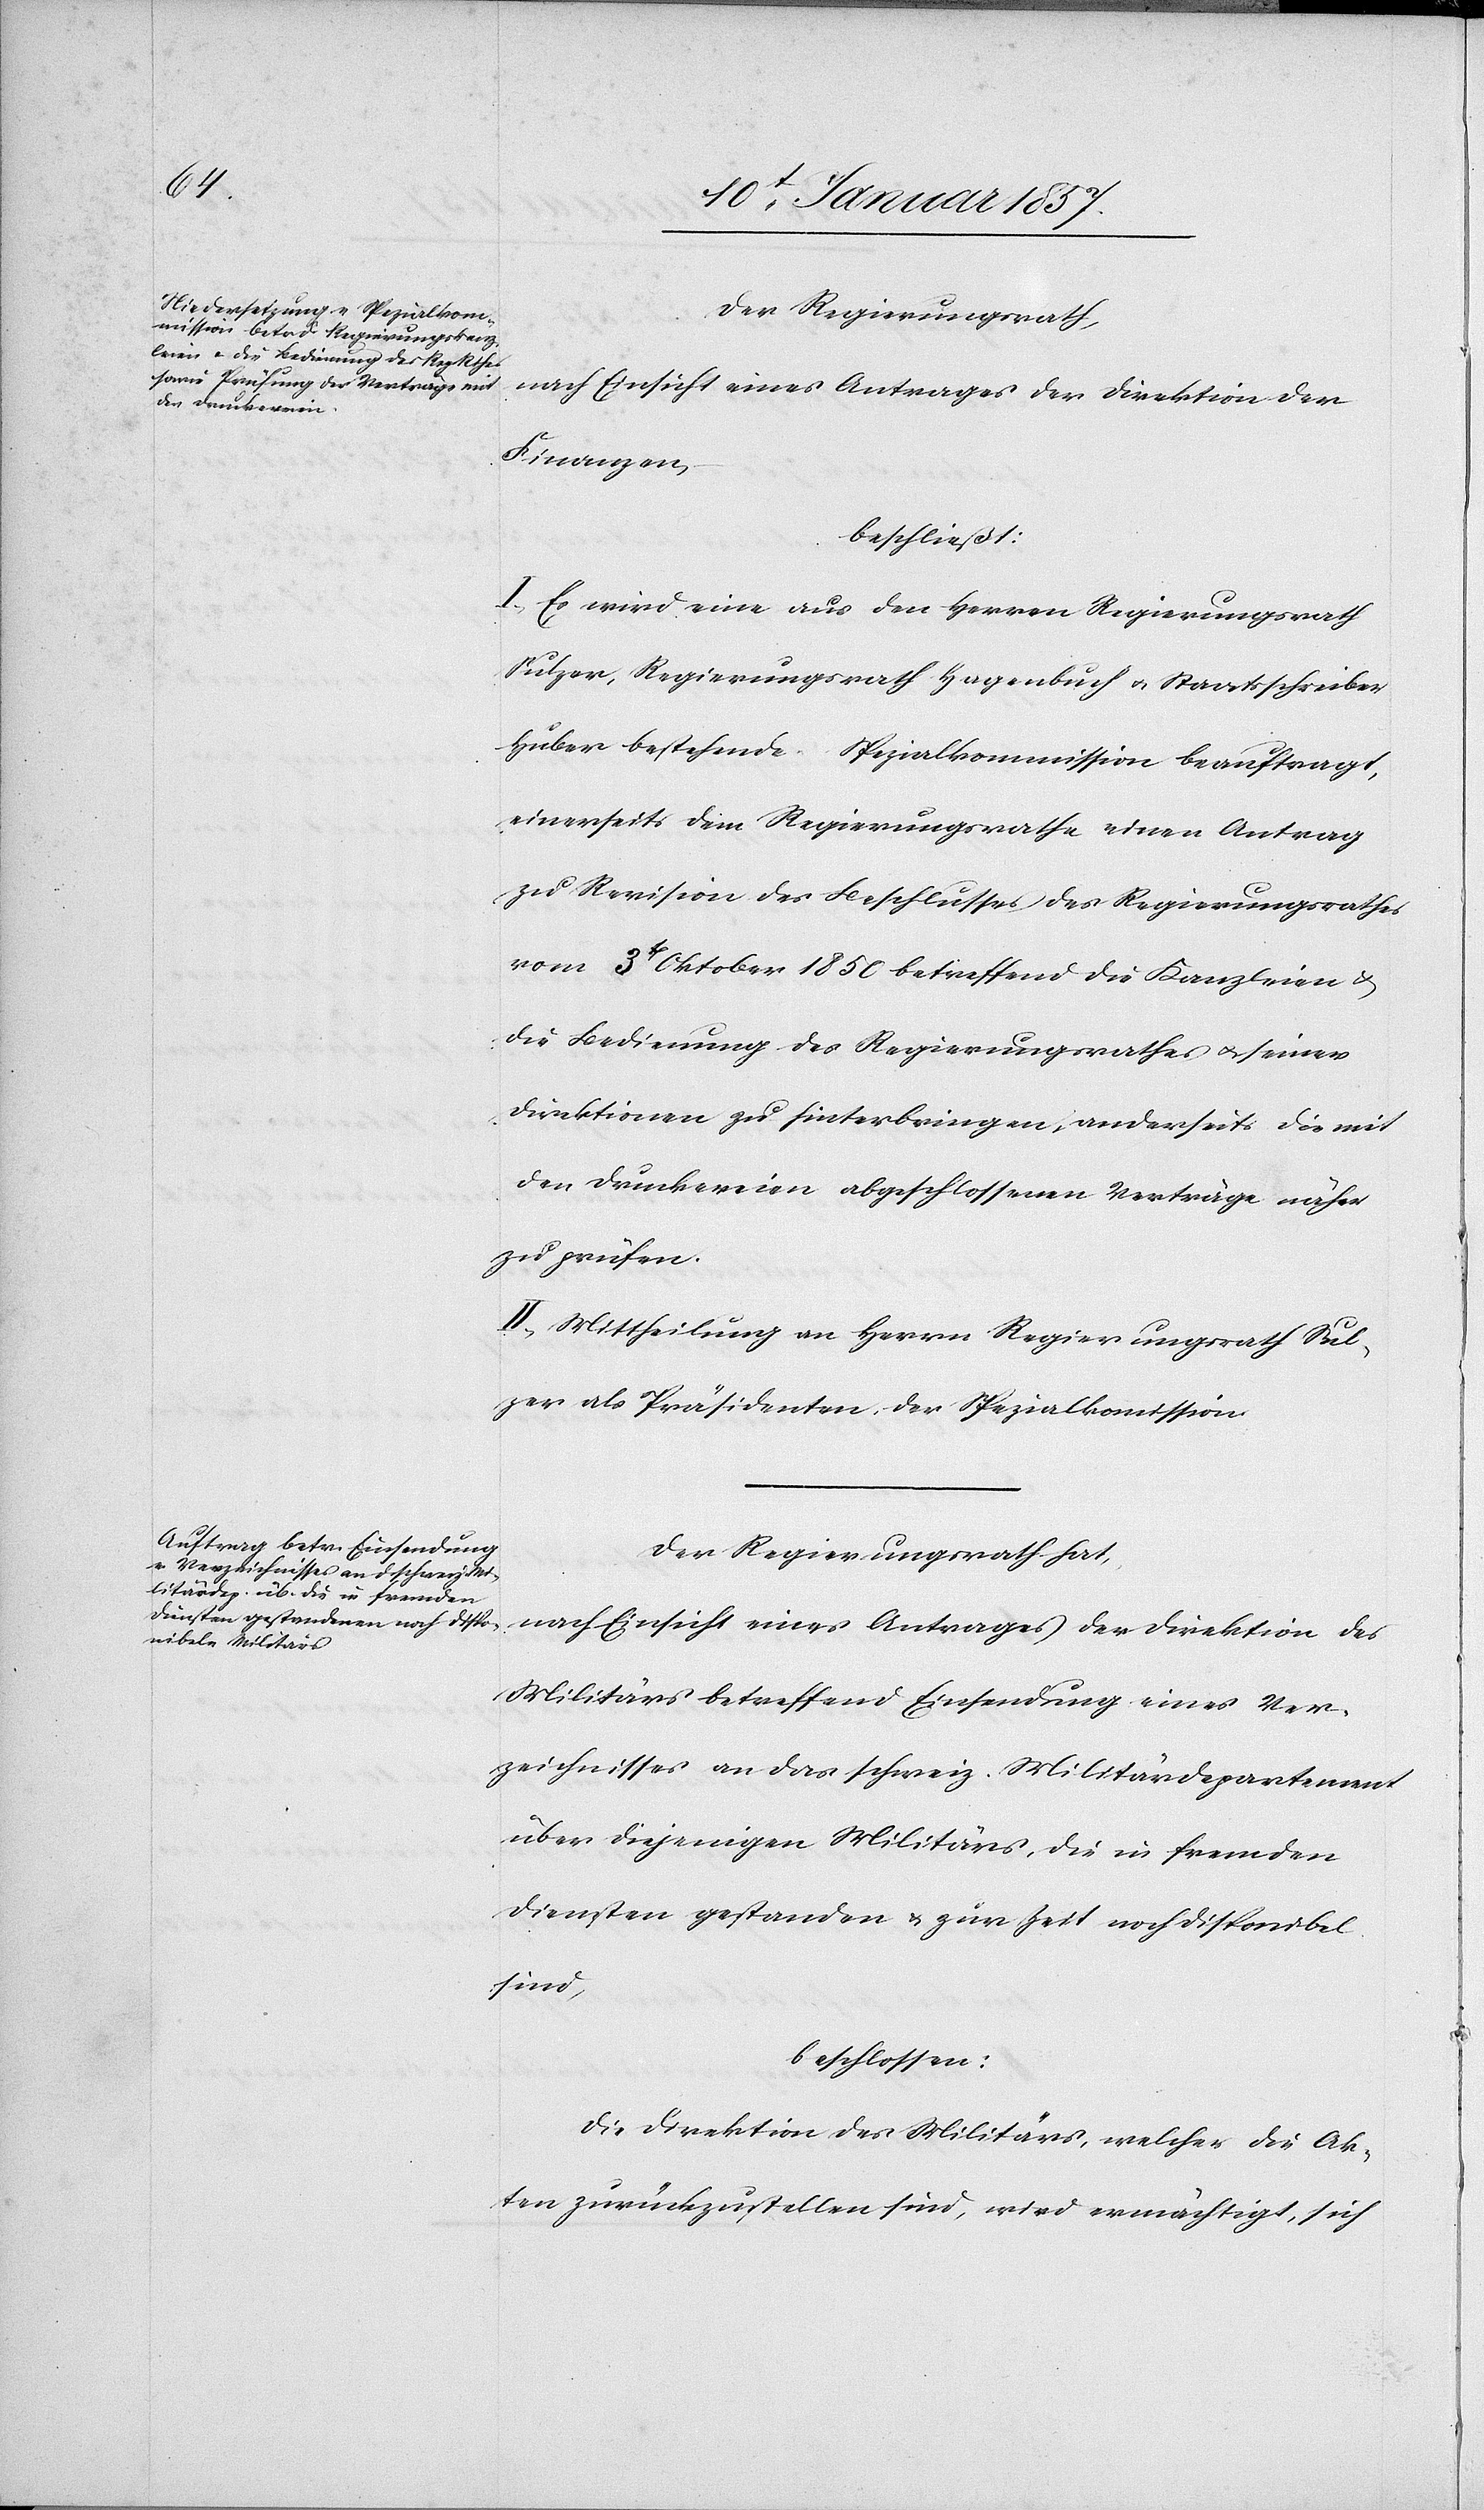
Der Regierungsrath,
nach Einsicht eines Antrages der Direktion der
Finanzen,
beschließt:
I. Es wird eine aus den Herren Regierungsrath
Sulzer, Regierungsrath Hagenbuch & Staatsschreiber
Huber bestehende Spezialkommission beauftragt,
einerseits dem Regierungsrathe einen Antrag
zu Revision des Beschlusses des Regierungsrathes
vom 3t[en] Oktober 1850 betreffend die Kanzleien &
die Bedienung des Regierungsrathes & seiner
Direktionen zu hinterbringen, anderseits die mit
den Druckereien abgeschlossenen Verträge näher
zu prüfen.
II. Mittheilung an Herrn Regierungsrath Sul¬
zer als Präsidenten der Spezialkomission.
Der Regierungsrath hat,
nach Einsicht eines Antrages der Direktion des
Militärs betreffend Einsendung eines Ver¬
zeichnisses an das schweiz. Militärdepartement
über diejenigen Militärs, die in fremden
Diensten gestanden & zur Zeit noch disponibel
sind,
beschlossen:
Die Direktion des Militärs, welcher die Ak¬
ten zurückzustellen sind, wird ermächtigt, sich